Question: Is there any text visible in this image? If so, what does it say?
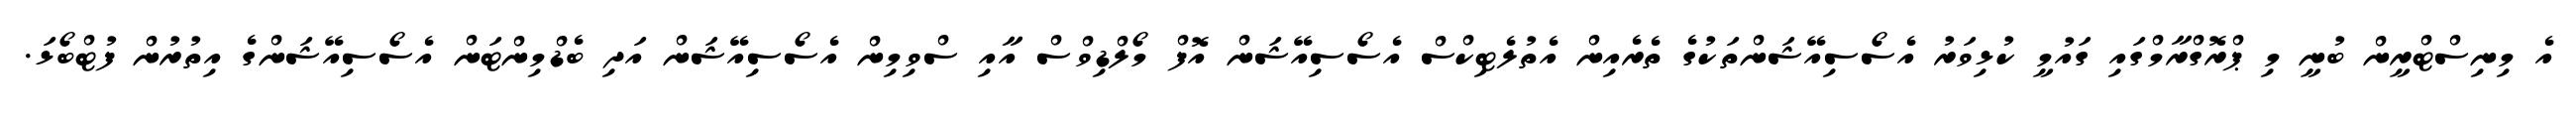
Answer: އެ މިނިސްޓްރީން ބުނީ މި ޕްރޮގްރާމްގައި ގައުމީ ކުޅިވަރު އެސޯސިއޭޝަންތަކުގެ ތެރެއިން އެތުލެޓިކްސް އެސޯސިއޭޝަން އޮފް މޯލްޑިވްސް އާއި ސްވިމިން އެސޯސިއޭޝަން އަދި ބެޑްމިންޓަން އެސޯސިއޭޝަންގެ އިތުރުން ފުޓްބޯޅަ.